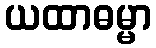
ယထာဓမ္မာ